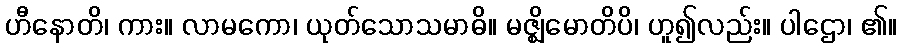
ဟီနောတိ၊ ကား။ လာမကော၊ ယုတ်သောသမာဓိ။ မဇ္ဈိမောတိပိ၊ ဟူ၍လည်း။ ပါဌော၊ ၏။